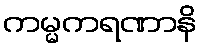
ကမ္မကရဏာနိ